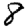
Digit: 8